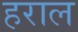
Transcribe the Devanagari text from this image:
हराल